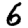
Digit: 6